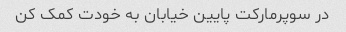
در سوپرمارکت پایین خیابان به خودت کمک کن